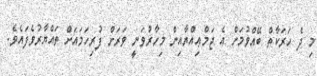
މި ދެ ހަރަކާތް ބޭއްވުމަށް އެ ޖަމްޢިއްޔާއިން މިހާރުވަނީ ވަރަށް ފުރިހަމައަށް ތައްޔާރުވެފައެވެ.